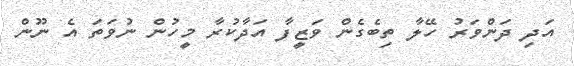
އަދި ދަންވަރު ހޭލާ ތިބެގެން ވަޒީފާ އަދާކުރާ މީހުން ނުވަތަ އެ ނޫން